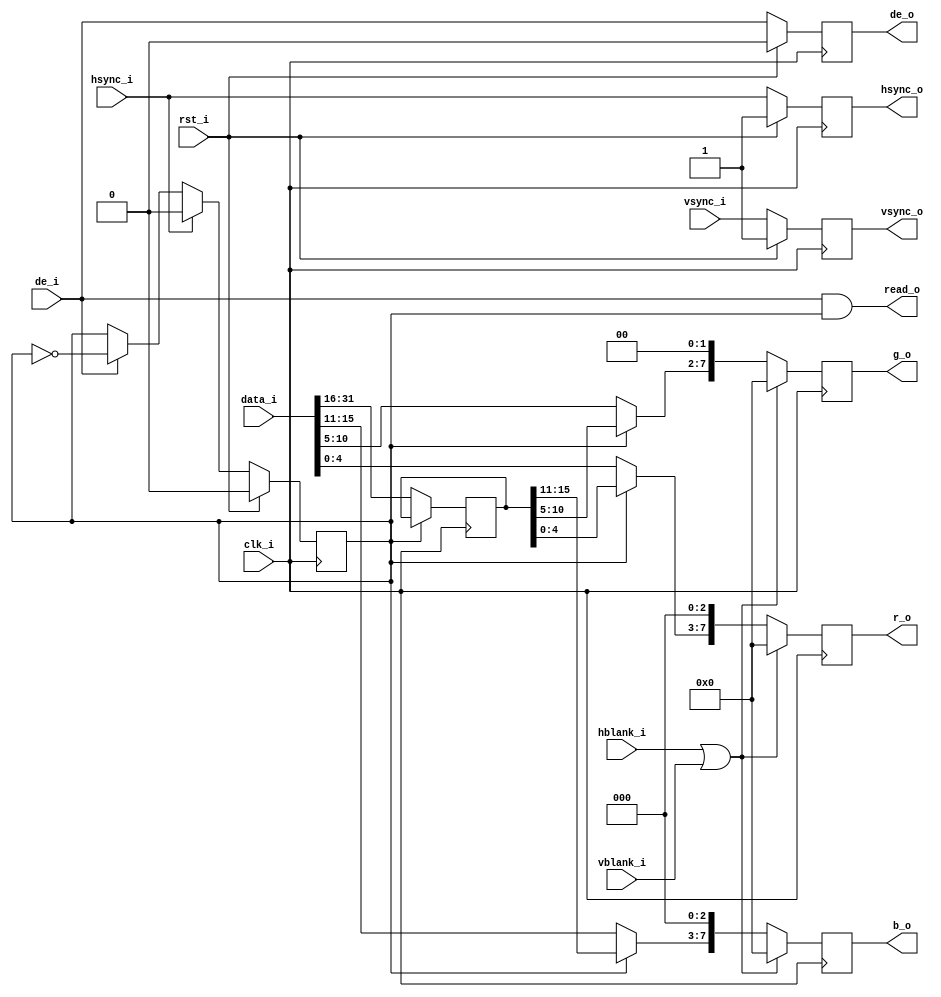
/***************************************************************************
 *                                                                         *
 *   vga16.v - Drives a VGA monitor in 16-bit mode.                        *
 *                                                                         *
 *   Copyright (C) 2008 by Patrick Suggate                                 *
 *   patrick@physics.otago.ac.nz                                           *
 *                                                                         *
 *   This program is free software; you can redistribute it and/or modify  *
 *   it under the terms of the GNU General Public License as published by  *
 *   the Free Software Foundation; either version 2 of the License, or     *
 *   (at your option) any later version.                                   *
 *                                                                         *
 *   This program is distributed in the hope that it will be useful,       *
 *   but WITHOUT ANY WARRANTY; without even the implied warranty of        *
 *   MERCHANTABILITY or FITNESS FOR A PARTICULAR PURPOSE.  See the         *
 *   GNU General Public License for more details.                          *
 *                                                                         *
 *   You should have received a copy of the GNU General Public License     *
 *   along with this program; if not, write to the                         *
 *   Free Software Foundation, Inc.,                                       *
 *   59 Temple Place - Suite 330, Boston, MA  02111-1307, USA.             *
 ***************************************************************************/

`timescale 1ns/100ps
module vga16 (
	input		clk_i,
	input		rst_i,
	
	input		hsync_i,
	input		vsync_i,
	input		hblank_i,
	input		vblank_i,
	input		de_i,
	output		read_o,
	input	[31:0]	data_i,
	
	output	reg	[7:0]	r_o,
	output	reg	[7:0]	g_o,
	output	reg	[7:0]	b_o,
	output	reg	vsync_o	= 1,
	output	reg	hsync_o	= 1,
	output	reg	de_o	= 0
);


reg	[15:0]	upper_word;
reg		odd	= 1;


// assign	addr_o [ASB:FBSIZE]	= FBOFF;
assign	#2 read_o	= (de_i && odd);


// Make sure all output signals are free from combinatorial delays and
// therefore in phase.
always @(posedge clk_i)
	if (rst_i)
		{hsync_o, vsync_o, de_o}	<= #2 3'b110;
	else begin
		hsync_o	<= #2 hsync_i;
		vsync_o	<= #2 vsync_i;
		de_o	<= #2 de_i;
	end


//---------------------------------------------------------------------------
//  Display DATAPATH:
//	The memory controller fetches data with a width of 32-bits, but the
//	display uses 16-bit colour data.
always @(posedge clk_i)
	if (rst_i)		odd	<= #2 0;
	else if (hsync_i)	odd	<= #2 0;
	else if (de_i)		odd	<= #2 ~odd;

always @(posedge clk_i)
	if (!odd)	upper_word	<= #2 data_i [31:16];

always @(posedge clk_i)
	if (hblank_i || vblank_i)
		{r_o, g_o, b_o}	<= #2 0;
	else begin
		b_o	<= #2 {odd ? upper_word [15:11] : data_i [15:11], 3'b000};
		g_o	<= #2 {odd ? upper_word [10:5] : data_i [10:5], 2'b00};
		r_o	<= #2 {odd ? upper_word [4:0] : data_i [4:0], 3'b000};
	end


endmodule	// vga16